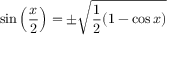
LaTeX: \sin \left( { \frac { x } { 2 } } \right) = \pm { \sqrt { { \frac { 1 } { 2 } } ( 1 - \cos x ) } }